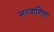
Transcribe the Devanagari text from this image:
सरवाणिया